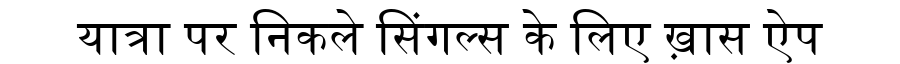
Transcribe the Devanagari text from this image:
यात्रा पर निकले सिंगल्स के लिए ख़ास ऐप